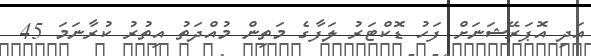
އަދި އޮޕަރޭޝަނަށް ފަހު ޑޮކްޓަރު ލަފާގެ މަތިން މުއްދަތު އިތުރު ކުރާނަމަ 45